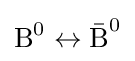
{\text{B}}^{0}\leftrightarrow {\bar {\text{B}}}^{0}